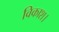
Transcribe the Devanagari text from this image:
विकाश।